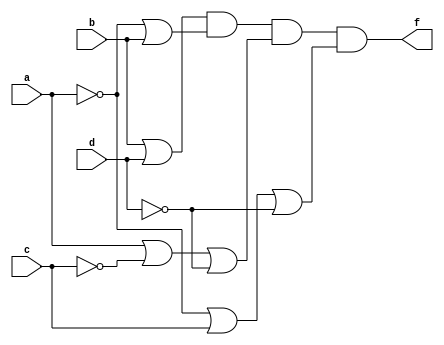
module prog3(a,b,c,d,f);
input a,b,c,d;
output f;
assign f = (b|d)&(~a|b)&(a|~c|~d)&(~a|c|~d);
endmodule